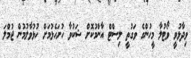
ވިދާޅުވީ ވޯޓުލާ މީހުންގެ ވަގުތީ ލިސްޓް އާންމުކޮށް ޝަކުވާ ހުށަހެޅުމަށް ހުޅުވާލުމުން ޖުމްލަ